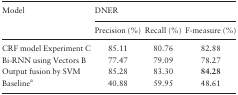
<table><thead><tr><td rowspan="2"><b>Model</b></td><td colspan="3"><b>DNER</b></td></tr><tr><td><b>Precision (%)</b></td><td><b>Recall (%)</b></td><td><b>F-measure (%)</b></td></tr></thead><tbody><tr><td>CRF model Experiment C</td><td>85.11</td><td>80.76</td><td>82.88</td></tr><tr><td>Bi-RNN using Vectors B</td><td>77.47</td><td>79.09</td><td>78.27</td></tr><tr><td>Output fusion by SVM</td><td>85.28</td><td>83.30</td><td><b>84.28</b></td></tr><tr><td>Baseline<sup>a</sup></td><td>40.88</td><td>59.95</td><td>48.61</td></tr></tbody></table>